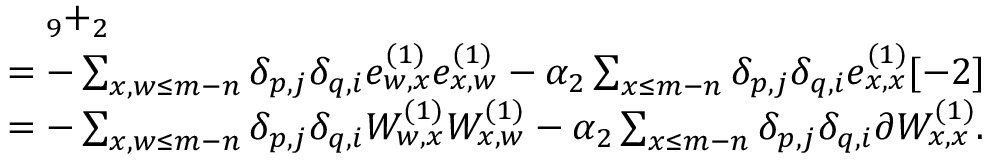
\begin{array} { r l } & { \quad _ { 9 } + _ { 2 } } \\ & { = - \sum _ { x , w \leq m - n } \delta _ { p , j } \delta _ { q , i } e _ { w , x } ^ { ( 1 ) } e _ { x , w } ^ { ( 1 ) } - \alpha _ { 2 } \sum _ { x \leq m - n } \delta _ { p , j } \delta _ { q , i } e _ { x , x } ^ { ( 1 ) } [ - 2 ] } \\ & { = - \sum _ { x , w \leq m - n } \delta _ { p , j } \delta _ { q , i } W _ { w , x } ^ { ( 1 ) } W _ { x , w } ^ { ( 1 ) } - \alpha _ { 2 } \sum _ { x \leq m - n } \delta _ { p , j } \delta _ { q , i } \partial W _ { x , x } ^ { ( 1 ) } . } \end{array}